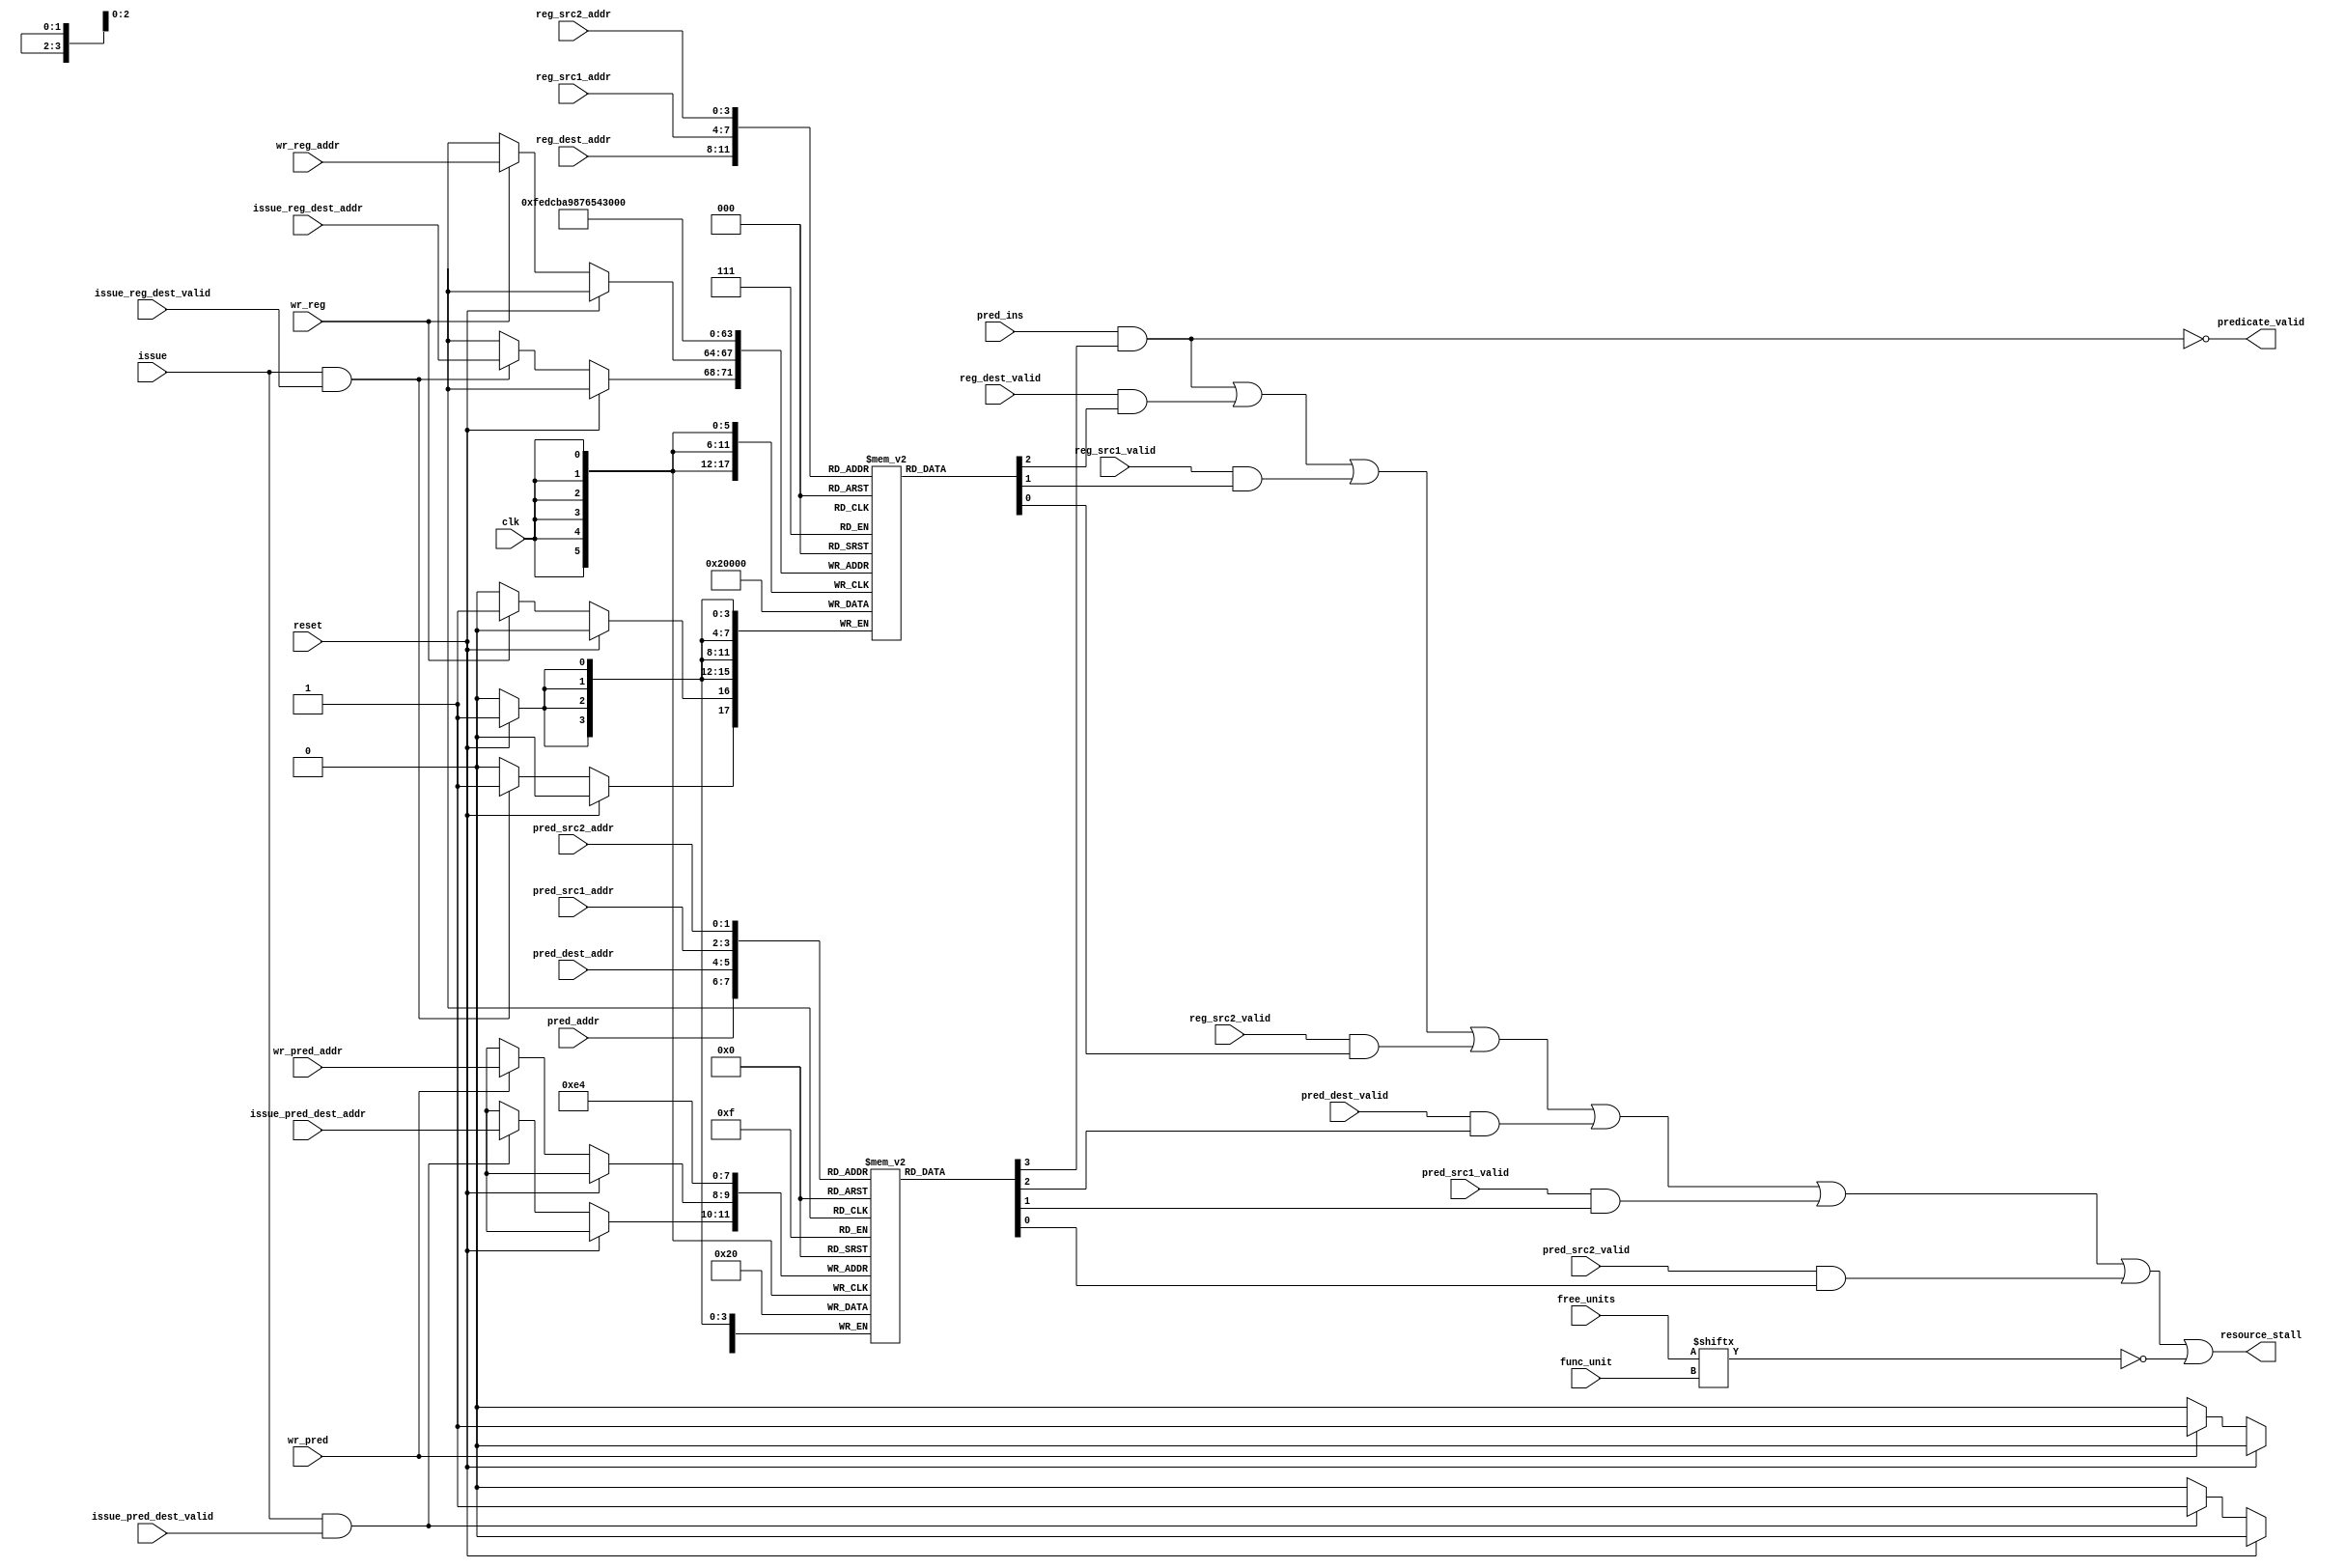
module scoreboard(
    // Inputs
    clk,
    reset,
    pred_addr,
    pred_ins,
    reg_dest_addr,
    reg_dest_valid,
    reg_src1_addr,
    reg_src1_valid,
    reg_src2_addr,
    reg_src2_valid,
    pred_dest_addr,
    pred_dest_valid,
    pred_src1_addr,
    pred_src1_valid,
    pred_src2_addr,
    pred_src2_valid,
    func_unit,
    wr_reg,
    wr_reg_addr,
    wr_pred,
    wr_pred_addr,
    free_units,
    issue,
    issue_reg_dest_valid,
    issue_reg_dest_addr,
    issue_pred_dest_valid,
    issue_pred_dest_addr,
//    free_unit,
//    free_unit_id,
//    mem_ins,
//    mem_busy,
    
    // Outputs
	predicate_valid,
    resource_stall
);

parameter REG_ADDR_SIZE = 4;
parameter PRED_ADDR_SIZE = 2;
parameter FUNC_UNIT_OP_SIZE = 3;
parameter COMPLEX_ALU_ID = 3'b001;
parameter FPU_ID = 3'b011;
parameter MEM_UNIT_ID = 3'b100;

localparam REG_FILE_SIZE = 1 << REG_ADDR_SIZE;
localparam PRED_FILE_SIZE = 1 << PRED_ADDR_SIZE;
localparam NUM_FUNC_UNITS = 1 << FUNC_UNIT_OP_SIZE;

// Inputs
input                               clk;
input                               reset;
input   [PRED_ADDR_SIZE-1:0]        pred_addr;
input                               pred_ins;
input   [REG_ADDR_SIZE-1:0]         reg_dest_addr;
input                               reg_dest_valid;
input   [REG_ADDR_SIZE-1:0]         reg_src1_addr;
input                               reg_src1_valid;
input   [REG_ADDR_SIZE-1:0]         reg_src2_addr;
input                               reg_src2_valid;
input   [PRED_ADDR_SIZE-1:0]        pred_dest_addr;
input                               pred_dest_valid;
input   [PRED_ADDR_SIZE-1:0]        pred_src1_addr;
input                               pred_src1_valid;
input   [PRED_ADDR_SIZE-1:0]        pred_src2_addr;
input                               pred_src2_valid;
input   [FUNC_UNIT_OP_SIZE-1:0]     func_unit;
input                               wr_reg;
input   [REG_ADDR_SIZE-1:0]         wr_reg_addr;
input                               wr_pred;
input   [PRED_ADDR_SIZE-1:0]        wr_pred_addr;
input	[NUM_FUNC_UNITS-1:0]	    free_units;
//input                               free_unit;
//input   [FUNC_UNIT_OP_SIZE-1:0]     free_unit_id;
input                               issue;
input                               issue_reg_dest_valid;
input   [REG_ADDR_SIZE-1:0]         issue_reg_dest_addr;
input                               issue_pred_dest_valid;
input   [PRED_ADDR_SIZE-1:0]        issue_pred_dest_addr;
//input                               mem_ins;
//input                               mem_busy;

// Outputs
output	predicate_valid;
output  resource_stall;

// Identify if the needed resource is busy
wire pred_busy;
wire reg_dest_busy;
wire reg_src1_busy;
wire reg_src2_busy;
wire pred_dest_busy;
wire pred_src1_busy;
wire pred_src2_busy;
wire unit_busy;
wire func_busy;

// Busy bits for register files
reg reg_file_busy[REG_FILE_SIZE-1:0];
reg pred_file_busy[PRED_FILE_SIZE-1:0];
//reg func_unit_busy[NUM_FUNC_UNITS-1:0];

integer i1, i2, i3;

// Identify if unit is busy if it is needed
assign pred_busy = pred_ins & pred_file_busy[pred_addr];
assign reg_dest_busy = reg_dest_valid & reg_file_busy[reg_dest_addr];
assign reg_src1_busy = reg_src1_valid & reg_file_busy[reg_src1_addr];
assign reg_src2_busy = reg_src2_valid & reg_file_busy[reg_src2_addr];
assign pred_dest_busy = pred_dest_valid & pred_file_busy[pred_dest_addr];
assign pred_src1_busy = pred_src1_valid & pred_file_busy[pred_src1_addr];
assign pred_src2_busy = pred_src2_valid & pred_file_busy[pred_src2_addr];
/*
assign unit_busy = func_unit_busy[func_unit];

// Mux to identify if instruction's functional unit is busy
mux2to1 #(.DATA_WIDTH(1))
  funcMux(
    .A(unit_busy),
    .B(mem_busy),
    .sel(mem_ins),
    .out(func_busy)
);
*/
assign func_busy = ~free_units[func_unit];
// Identify if predicate valid
assign predicate_valid = ~pred_busy;
// Identify if we should stall due to a needed unit being busy
assign resource_stall = pred_busy |
                        reg_dest_busy |
                        reg_src1_busy |
                        reg_src2_busy |
                        pred_dest_busy |
                        pred_src1_busy |
                        pred_src2_busy |
                        func_busy;


// Set the write register back to not busy and indicate certain functional units as free
always @(negedge clk) begin
  if (reset) begin
    for (i1 = 0; i1 < REG_FILE_SIZE; i1 = i1 + 1) begin
      reg_file_busy[i1] <= 1'b0;
    end
    for (i2 = 0; i2 < PRED_FILE_SIZE; i2 = i2 + 1) begin
      pred_file_busy[i2] <= 1'b0;
    end
    //for (i3 = 0; i3 < NUM_FUNC_UNITS; i3 = i3 + 1) begin
    //  func_unit_busy[i2] <= 1'b0;
    //end
  end else begin
  	if (wr_reg) begin
  	  reg_file_busy[wr_reg_addr] <= 1'b0;
  	end
  	if (wr_pred) begin
  	  pred_file_busy[wr_pred_addr] <= 1'b0;
  	end
    	if (issue && issue_reg_dest_valid) begin
           reg_file_busy[issue_reg_dest_addr] <= 1'b1;
        end
        if (issue && issue_pred_dest_valid) begin
           pred_file_busy[issue_pred_dest_addr] <= 1'b1;
    	end
  end
end


endmodule